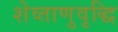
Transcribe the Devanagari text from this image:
शेव्ताणुवृद्धि